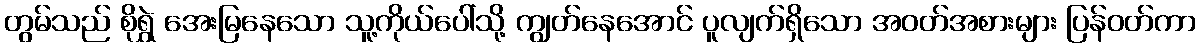
တွမ်သည် စိုရွှဲ အေးမြနေသော သူ့ကိုယ်ပေါ်သို့ ကျွတ်နေအောင် ပူလျက်ရှိသော အဝတ်အစားများ ပြန်ဝတ်ကာ